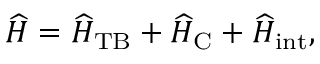
\widehat { H } = \widehat { H } _ { \mathrm { T B } } + \widehat { H } _ { \mathrm { C } } + \widehat { H } _ { \mathrm { i n t } } ,